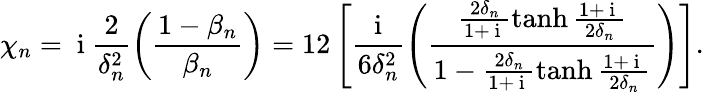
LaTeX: \chi_{n}=\mathrm{~i~}\frac{2}{\delta_{n}^{2}}\left(\frac{1-\beta_{n}}{\beta_{n}}\right)=12\left[\frac{\mathrm{~i~}}{6\delta_{n}^{2}}\left(\frac{\frac{2\delta_{n}}{1+\mathrm{~i~}}\operatorname{tanh}{\frac{1+\mathrm{~i~}}{2\delta_{n}}}}{1-\frac{2\delta_{n}}{1+\mathrm{~i~}}\operatorname{tanh}{\frac{1+\mathrm{~i~}}{2\delta_{n}}}}\right)\right].